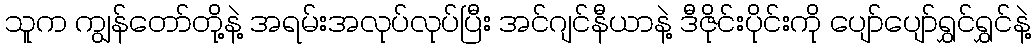
သူက ကျွန်တော်တို့နဲ့ အရမ်းအလုပ်လုပ်ပြီး အင်ဂျင်နီယာနဲ့ ဒီဇိုင်းပိုင်းကို ပျော်ပျော်ရွှင်ရွှင်နဲ့